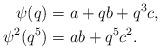
LaTeX: \begin{align*}\psi(q) &=a+qb+q^3c,\\\psi^{2}(q^{5}) &=ab+q^{5}c^{2}.\end{align*}